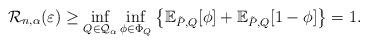
LaTeX: \begin{align*}\mathcal{R}_{n,\alpha}(\varepsilon) \geq \inf_{Q \in \mathcal{Q}_\alpha} \inf_{\phi\in \Phi_Q} \left\{\mathbb{E}_{\tilde{P},Q}[\phi]+\mathbb{E}_{\tilde{P},Q}[1-\phi] \right\} = 1.\end{align*}